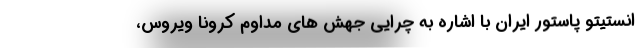
انستیتو پاستور ایران با اشاره به چرایی جهش های مداوم کرونا ویروس،